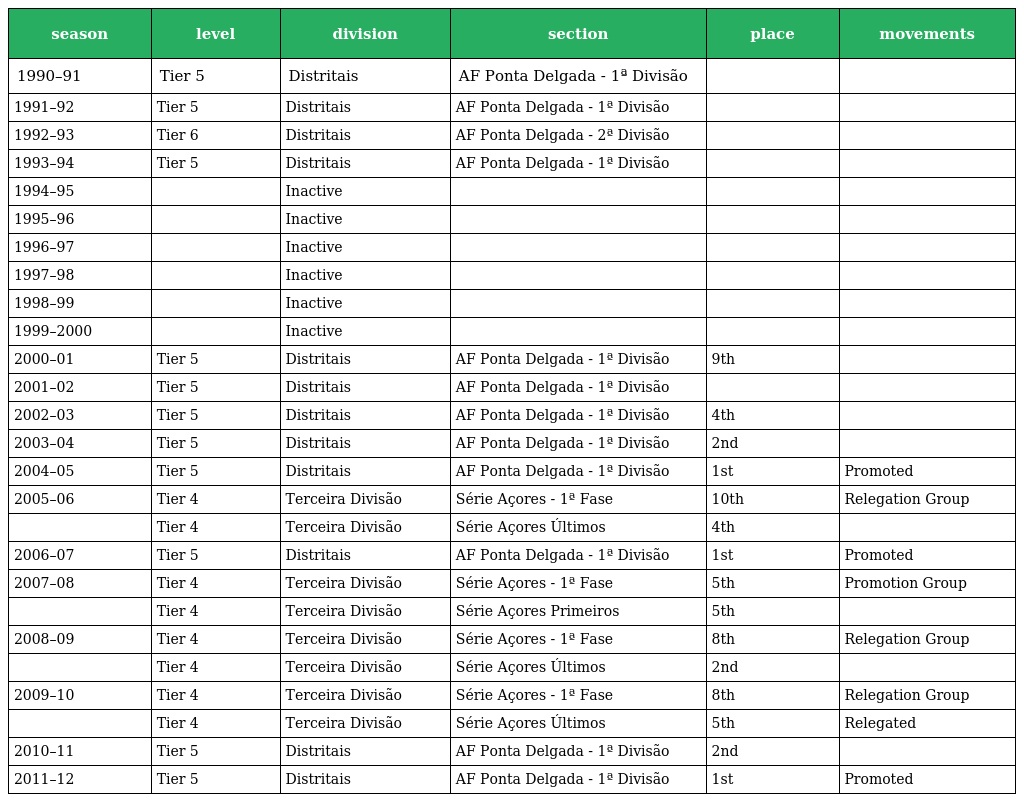
| season | level | division | section | place | movements |
 | --- | --- | --- | --- | --- | --- |
 | 1990–91 | Tier 5 | Distritais | AF Ponta Delgada - 1ª Divisão |  |  |
 | 1991–92 | Tier 5 | Distritais | AF Ponta Delgada - 1ª Divisão |  |  |
 | 1992–93 | Tier 6 | Distritais | AF Ponta Delgada - 2ª Divisão |  |  |
 | 1993–94 | Tier 5 | Distritais | AF Ponta Delgada - 1ª Divisão |  |  |
 | 1994–95 |  | Inactive |  |  |  |
 | 1995–96 |  | Inactive |  |  |  |
 | 1996–97 |  | Inactive |  |  |  |
 | 1997–98 |  | Inactive |  |  |  |
 | 1998–99 |  | Inactive |  |  |  |
 | 1999–2000 |  | Inactive |  |  |  |
 | 2000–01 | Tier 5 | Distritais | AF Ponta Delgada - 1ª Divisão | 9th |  |
 | 2001–02 | Tier 5 | Distritais | AF Ponta Delgada - 1ª Divisão |  |  |
 | 2002–03 | Tier 5 | Distritais | AF Ponta Delgada - 1ª Divisão | 4th |  |
 | 2003–04 | Tier 5 | Distritais | AF Ponta Delgada - 1ª Divisão | 2nd |  |
 | 2004–05 | Tier 5 | Distritais | AF Ponta Delgada - 1ª Divisão | 1st | Promoted |
 | 2005–06 | Tier 4 | Terceira Divisão | Série Açores - 1ª Fase | 10th | Relegation Group |
 |  | Tier 4 | Terceira Divisão | Série Açores Últimos | 4th |  |
 | 2006–07 | Tier 5 | Distritais | AF Ponta Delgada - 1ª Divisão | 1st | Promoted |
 | 2007–08 | Tier 4 | Terceira Divisão | Série Açores - 1ª Fase | 5th | Promotion Group |
 |  | Tier 4 | Terceira Divisão | Série Açores Primeiros | 5th |  |
 | 2008–09 | Tier 4 | Terceira Divisão | Série Açores - 1ª Fase | 8th | Relegation Group |
 |  | Tier 4 | Terceira Divisão | Série Açores Últimos | 2nd |  |
 | 2009–10 | Tier 4 | Terceira Divisão | Série Açores - 1ª Fase | 8th | Relegation Group |
 |  | Tier 4 | Terceira Divisão | Série Açores Últimos | 5th | Relegated |
 | 2010–11 | Tier 5 | Distritais | AF Ponta Delgada - 1ª Divisão | 2nd |  |
 | 2011–12 | Tier 5 | Distritais | AF Ponta Delgada - 1ª Divisão | 1st | Promoted |